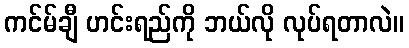
ကင်မ်ချီ ဟင်းရည်ကို ဘယ်လို လုပ်ရတာလဲ။